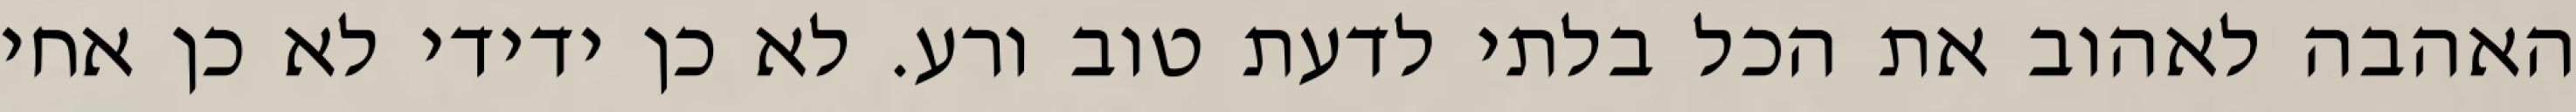
האהבה לאהוב את הכל בלתי לדעת טוב ורע. לא כן ידידי לא כן אחי